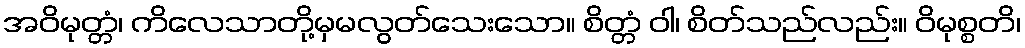
အဝိမုတ္တံ၊ ကိလေသာတို့မှမလွတ်သေးသော။ စိတ္တံ ဝါ၊ စိတ်သည်လည်း။ ဝိမုစ္စတိ၊